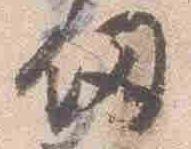
釼